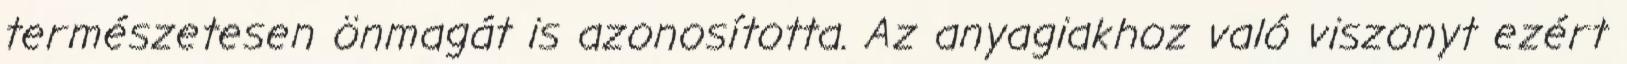
természetesen önmagát is azonosította. Az anyagiakhoz való viszonyt ezért